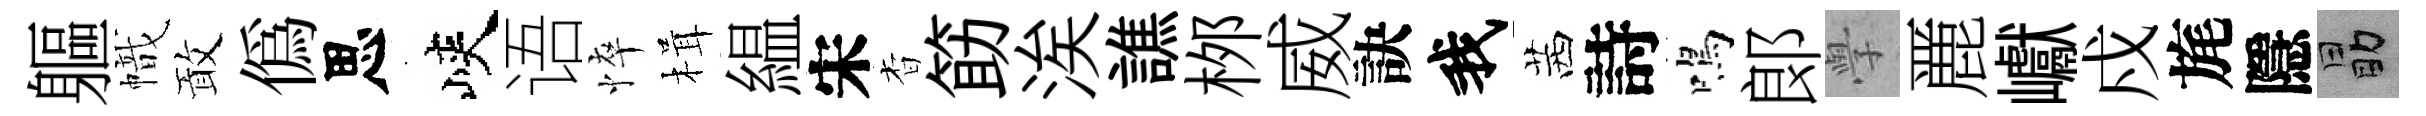
軀幟敢偽思峽语悴楫緼宋杳筯涘譙桞威訣我茜詩鳴郞𭓕䴡巘戍旄隱勗